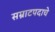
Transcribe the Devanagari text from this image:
सम्राटपदाचे